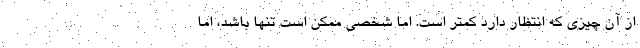
از آن چیزی که انتظار دارد کمتر است. اما شخصی ممکن است تنها باشد، اما